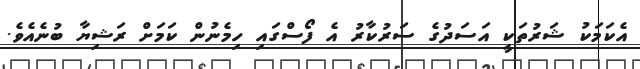
އެކަމަކު ޝަރުތަކީ އަސަދުގެ ސަރުކާރު އެ ފޯސްގައި ހިމެނުން ކަމަށް ރަޝިޔާ ބުނެއެވެ.